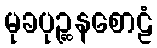
မုခပုဉ္ဆနစောဠံ